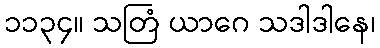
၁၁၃၄။ သတြံ ယာဂေ သဒါဒါနေ၊